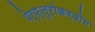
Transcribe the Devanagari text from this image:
पेर्फ़्लुरोकर्बोन